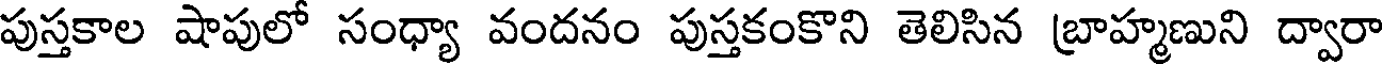
పుస్తకాల షాపులో సంధ్యా వందనం పుస్తకంకొని తెలిసిన బ్రాహ్మణుని ద్వారా